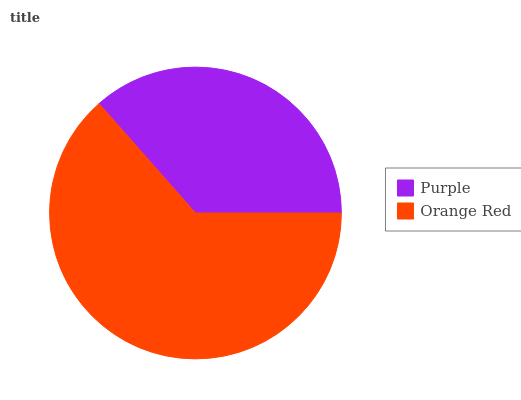
| Purple | Orange Red |
 | --- | --- |
 | 36.5% | 63.5% |